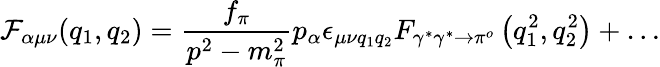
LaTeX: {\cal{F}}_{\alpha\mu\nu}(q_{1},q_{2})=\frac{f_{\pi}}{p^{2}-m_{\pi}^{2}}p_{\alpha}{\epsilon}_{{\mu}{\nu}{q_{1}}{q_{2}}}F_{\gamma^{*}\gamma^{*}\to\pi^{o}}\left(q_{1}^{2},q_{2}^{2}\right)+\ldots